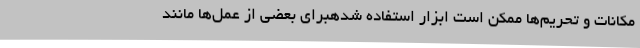
مکانات و تحریم‌ها ممکن است ابزار استفاده شدهبرای بعضی از عمل‌ها مانند